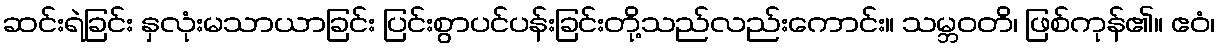
ဆင်းရဲခြင်း နှလုံးမသာယာခြင်း ပြင်းစွာပင်ပန်းခြင်းတို့သည်လည်းကောင်း။ သမ္ဘဝတိ၊ ဖြစ်ကုန်၏။ ဧဝံ၊